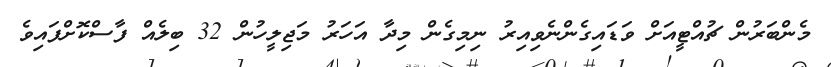
މެންބަރުން ޗުއްޓީއަށް ވަޑައިގެންނެވިއިރު ނިމިގެން މިދާ އަހަރު މަޖިލީހުން 32 ބިލެއް ފާސްކޮށްފައިވެ